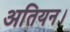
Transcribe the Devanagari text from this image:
अतियन।